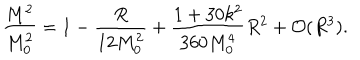
\frac { M ^ { 2 } } { M _ { 0 } ^ { 2 } } = 1 - \frac { R } { 1 2 M _ { 0 } ^ { 2 } } + \frac { 1 + 3 0 k ^ { 2 } } { 3 6 0 M _ { 0 } ^ { 4 } } R ^ { 2 } + { \cal O } ( R ^ { 3 } ) .